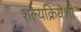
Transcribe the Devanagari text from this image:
शल्यक्रियेशी